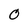
Character: O